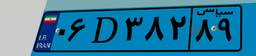
۰۶D۳۸۲۸۹